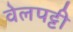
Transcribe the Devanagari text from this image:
वेलपट्टी